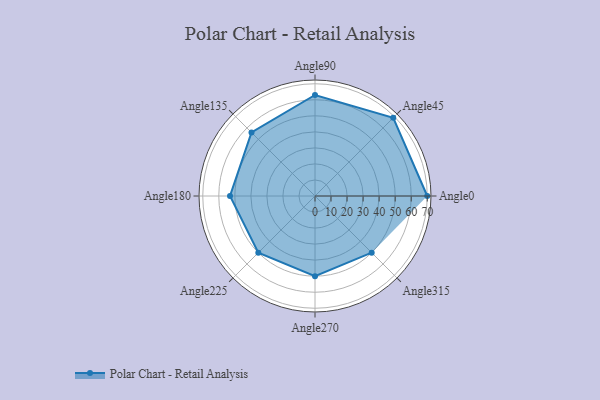
{"axis": {"x": "Angle", "y": "Radius"}, "legend": [""], "data": [{"x": "Angle0", "y": 70.0, "type": ""}, {"x": "Angle45", "y": 69.0, "type": ""}, {"x": "Angle90", "y": 63.0, "type": ""}, {"x": "Angle135", "y": 56.0, "type": ""}, {"x": "Angle180", "y": 53.0, "type": ""}, {"x": "Angle225", "y": 50, "type": ""}, {"x": "Angle270", "y": 50, "type": ""}, {"x": "Angle315", "y": 50, "type": ""}]}